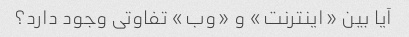
آیا بین «اینترنت» و «وب» تفاوتی وجود دارد؟